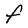
Character: F